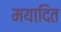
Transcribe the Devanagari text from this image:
मयादित